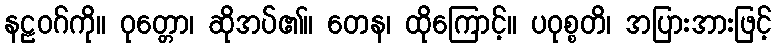
နဠဝဂ်ကို။ ဝုတ္တော၊ ဆိုအပ်၏။ တေန၊ ထိုကြောင့်။ ပဝုစ္စတိ၊ အပြားအားဖြင့်